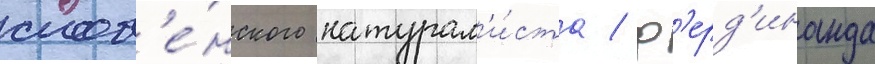
слов'е́нского натурал'и́ста / ф'ерд'инанда